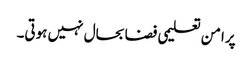
پرامن تعلیمی فضا بحال نہیں ہوتی۔